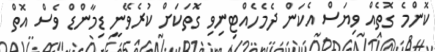
ކޮންމެ ގޮތެއް ވިޔަސް އެކަން ދެމެހެއްޓިނިވި ގޮތަކަށް ކުރެވޭނީ ޑިމާންޑް ވެސް އޮތް